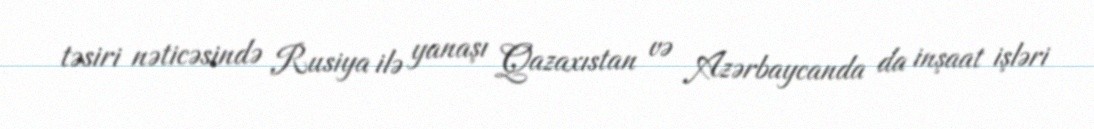
təsiri nəticəsində Rusiya ilə yanaşı Qazaxıstan və Azərbaycanda da inşaat işləri